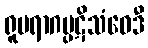
ရူပရာဂပ္ပဋိသံဝေဒီ